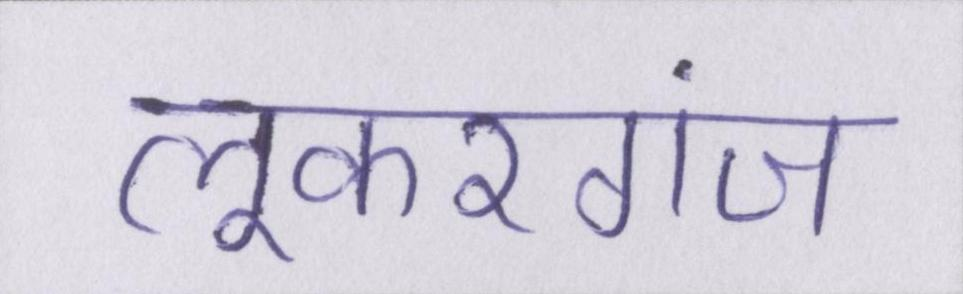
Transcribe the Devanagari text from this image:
लूकरगंज